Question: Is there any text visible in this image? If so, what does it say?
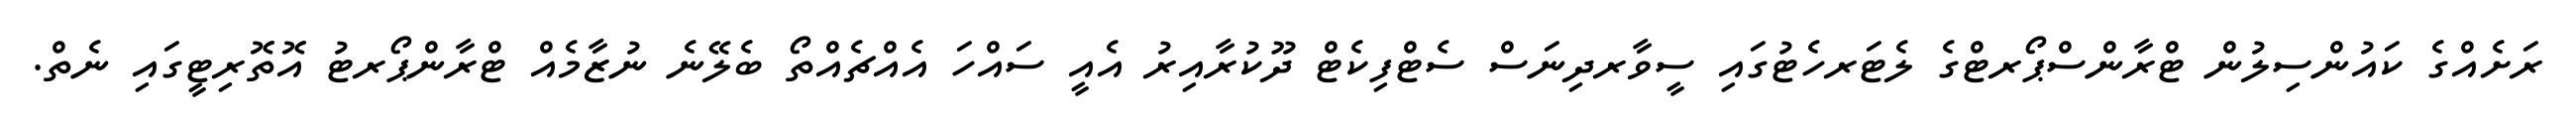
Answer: ރަށެއްގެ ކައުންސިލުން ޓްރާންސްޕޯރޓްގެ ލެޓަރހެޓުގައި ސީވާރދިނަސް ސެޓްފިކެޓް ދޫކުރާއިރު އެއީ ސައްހަ އެއްޗެއްތޯ ބެލޭނެ ނުޒާމެއް ޓްރާންޕޯރޓު އޮތޮރިޓީގައި ނެތް.